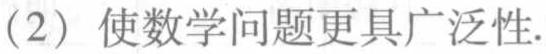
(2) 使数学问题更具广泛性.